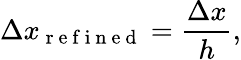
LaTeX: \Delta x_{\mathrm{~r~e~f~i~n~e~d~}}=\frac{\Delta x}{h},